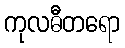
ကုလဓီတရော